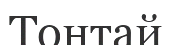
Тонтай